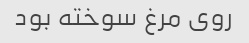
روی مرغ سوخته بود